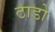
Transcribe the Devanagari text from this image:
ठाडो